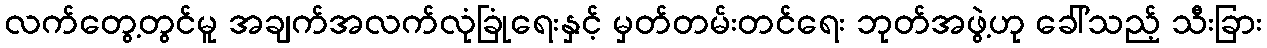
လက်တွေ့တွင်မူ အချက်အလက်လုံခြုံရေးနှင့် မှတ်တမ်းတင်ရေး ဘုတ်အဖွဲ့ဟု ခေါ်သည့် သီးခြား